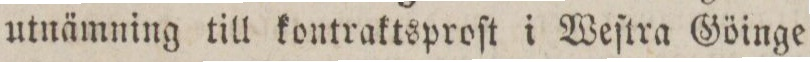
utnämning till kontraktsproſt i Weſtra Göinge